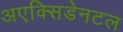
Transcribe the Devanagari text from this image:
अएक्सिडेनटल